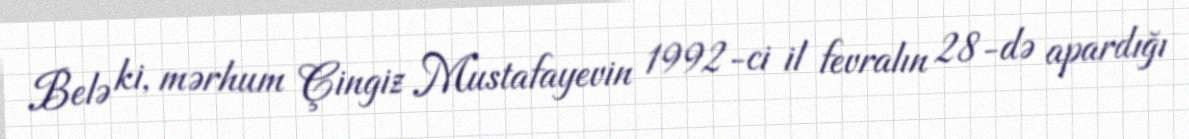
Belə ki, mərhum Çingiz Mustafayevin 1992-ci il fevralın 28-də apardığı